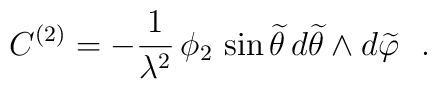
C^{(2)}=-\frac{1}{\lambda^2}\,\phi_2\,\sin {\widetilde \theta}\,d{\widetilde \theta}\wedge d{\widetilde \varphi} ~~.